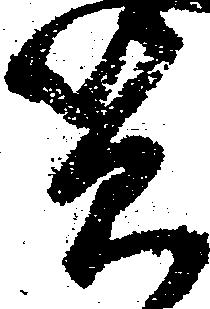
足